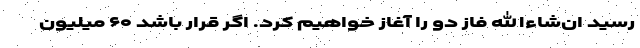
رسید ان‌شاءالله فاز دو را آغاز خواهیم کرد. اگر قرار باشد ۶۰ میلیون